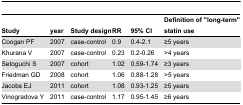
| Study | year | Study design | RR | 95% CI | Definition of "long-term" statin use |
 | --- | --- | --- | --- | --- | --- |
 | Coogan PF | 2007 | case-control | 0.9 | 0.4-2.1 | ≥5 years |
 | Khurana V | 2007 | case-control | 0.23 | 0.2-0.26 | >4 years |
 | Setoguchi S | 2007 | cohort | 1.02 | 0.59-1.74 | ≥3 years |
 | Friedman GD | 2008 | cohort | 1.06 | 0.88-1.28 | >5 years |
 | Jacobs EJ | 2011 | cohort | 1.08 | 0.93-1.25 | ≥5 years |
 | Vinogradova Y | 2011 | case-control | 1.17 | 0.95-1.45 | ≥6 years |